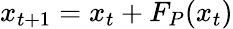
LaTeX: x_{t+1}=x_{t}+F_{P}(x_{t})